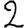
Digit: 2